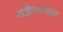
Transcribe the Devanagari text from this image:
गाडीरस्त्यावर